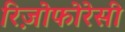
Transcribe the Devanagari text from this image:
रिज़ोफोरेसी